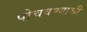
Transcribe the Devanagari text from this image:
पोचवण्‍याची